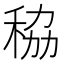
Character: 䅄